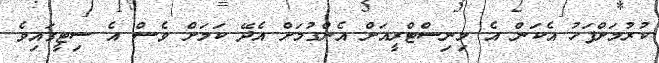
ކުރުމަށްފަހު އެކަން އެ މިނިސްޓްރީއަށް އެންގުމަށް އެދޭ ކަމަށް ވެސް އެ ސިޓީގައިވެ